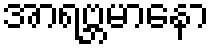
အာရဗ္ဘမာနော